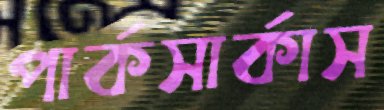
পার্কসার্কাস